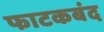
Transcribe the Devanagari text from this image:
फाटकबंद